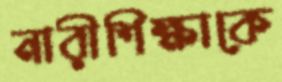
নারীশিক্ষাকে